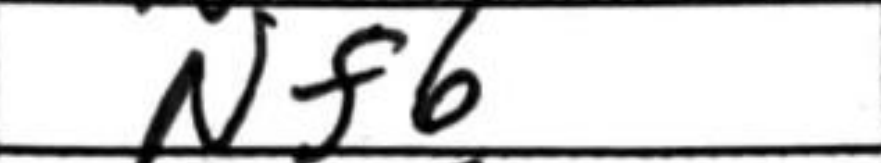
Transcription: Nf6